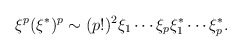
\begin{align*}\xi ^p(\xi ^{*})^p\sim (p!)^2\xi _1\cdots \xi _p\xi _1^{*}\cdots \xi _p^{*}.\end{align*}